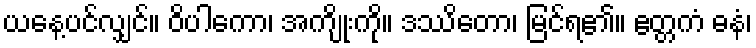
ယနေ့ပင်လျှင်။ ဝိပါကော၊ အကျိုးကို။ ဒဿိတော၊ မြင်ရ၏။ ဧတ္တကံ ဓနံ၊